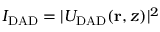
I _ { \mathrm { D A D } } = | U _ { \mathrm { D A D } } ( { \bf r } , z ) | ^ { 2 }